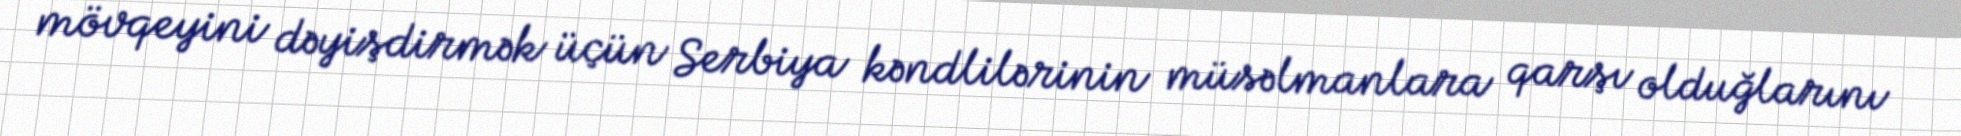
mövqeyini dəyişdirmək üçün Serbiya kəndlilərinin müsəlmanlara qarşı olduğlarını